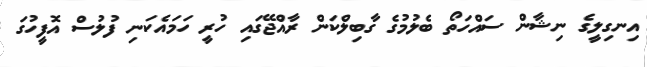
އިނގިލީގެ ނިޝާން ސައްހަތޯ ބެލުމުގެ ގާބިލްކަން ރާއްޖޭގައި ހުރީ ހަމައެކަނި ފުލުސް އޮފީހުގަ